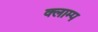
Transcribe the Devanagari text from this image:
क्लाम्प